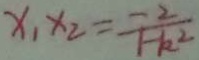
x _ { 1 } x _ { 2 } = \frac { - 2 } { 1 - k ^ { 2 } }